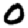
Digit: 0